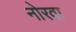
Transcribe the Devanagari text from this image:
नोरवा